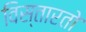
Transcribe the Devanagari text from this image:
विस्तारतो